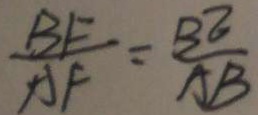
\frac { B F } { A F } = \frac { B E } { A B }